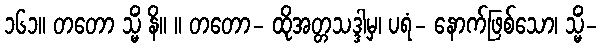
၁၆၁။ တတော သ္မိံ နိ။ ။ တတော- ထိုအတ္တသဒ္ဒါမှ၊ ပရံ- နောက်ဖြစ်သော၊ သ္မိံ-